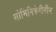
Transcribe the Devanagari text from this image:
सोमिनिफेरीनीन